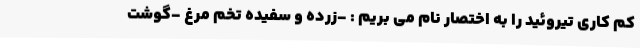
کم کاری تیروئید را به اختصار نام می بریم : -زرده و سفیده تخم مرغ -گوشت